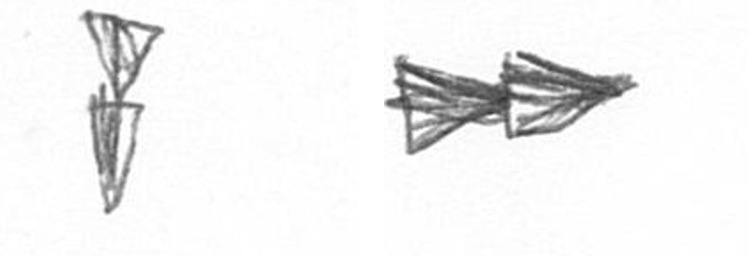
Z A